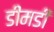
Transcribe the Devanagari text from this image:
डीमडी